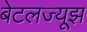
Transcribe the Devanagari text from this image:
बेटलज्यूझ